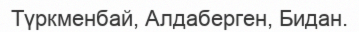
Түркменбай, Алдаберген, Бидан.